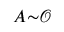
A { \sim } \mathcal { O }